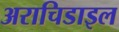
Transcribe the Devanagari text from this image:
अराचिडाइल